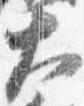
大